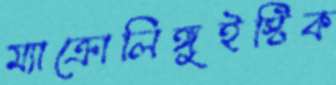
ম্যাক্রোলিঙ্গুইস্টিক